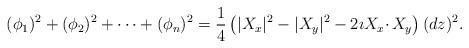
LaTeX: \begin{align*}(\phi_1)^2 + (\phi_2)^2+\cdots + (\phi_n)^2 = \frac{1}{4} \left( |X_x|^2-|X_y|^2 - 2\imath X_x\cdotp X_y \right) (dz)^2.\end{align*}